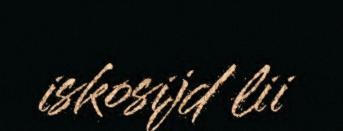
iskosijd lii